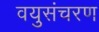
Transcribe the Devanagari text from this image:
वयुसंचरण